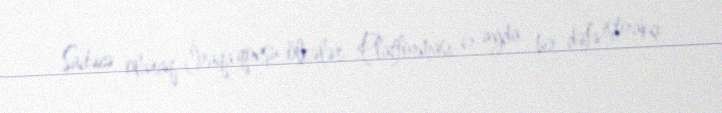
Sadəcə olaraq, İraqa qonşu ölkələr Platforması 6 ayda bir dəfə iştirakçı